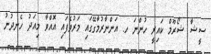
ސީޝާ ޝޯރޫމް ކައިރީ ހުންނަ ހ. އަންނާރުމާގޭގައި މަރުވެފައި އޮއްވާ މިއަދު ހެނދުނު